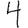
Digit: 4